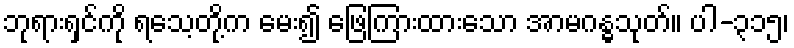
ဘုရားရှင်ကို ရသေ့တို့က မေး၍ ဖြေကြားထားသော အာမဂန္ဓသုတ်။ ပါ-၃၁၅၊